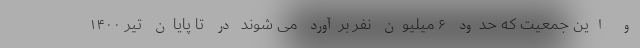
و این جمعیت که حدود ۶ میلیون نفر برآورد می شوند در تا پایان تیر ۱۴۰۰